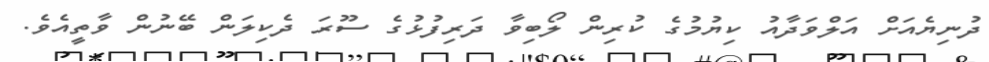
ދުނިޔެއަށް އަލްވަދާއު ކިޔުމުގެ ކުރިން ލޯބިވާ ދަރިފުޅުގެ ސޫރަ ދެކިލަން ބޭނުން ވާތީއެވެ.